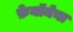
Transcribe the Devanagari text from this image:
फ़ेनॉमेना